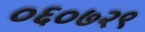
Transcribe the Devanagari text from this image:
०६०७२९